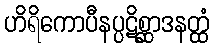
ဟိရိကောပီနပ္ပဋိစ္ဆာဒနတ္ထံ